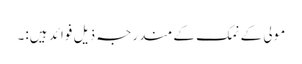
مولی کے نمک کے مندرجہ ذیل فوائد ہیں:۔